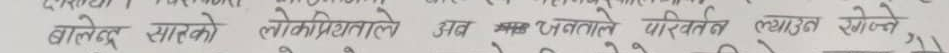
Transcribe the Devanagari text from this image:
बालेन्द्र साहको लोकप्रियताले अब अजयताले परिवर्तन ल्याउन सक्ने